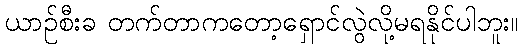
ယာဉ်စီးခ တက်တာကတော့ရှောင်လွဲလို့မရနိုင်ပါဘူး။